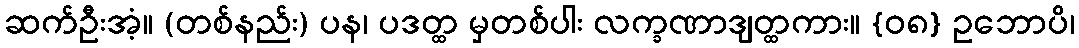
ဆက်ဦးအံ့။ (တစ်နည်း) ပန၊ ပဒတ္ထ မှတစ်ပါး လက္ခဏာဒျတ္ထကား။ {၀၈} ဥဘောပိ၊